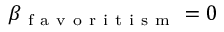
\beta _ { \mathrm { ~ f ~ a ~ v ~ o ~ r ~ i ~ t ~ i ~ s ~ m ~ } } = 0